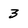
Character: 3